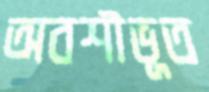
অবশীভূত